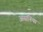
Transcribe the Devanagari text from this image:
असनिया